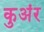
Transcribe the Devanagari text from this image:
कुअंर